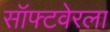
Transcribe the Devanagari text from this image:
सॉफ्टवेरला